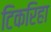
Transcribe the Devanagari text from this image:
टिकरिहा